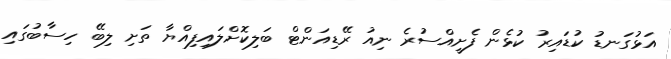
އަޅުގަނޑު ކުޑައިރު ކުޅެން ފެށީއްސުރެ ނިއު ރޭޑިއަންޓް ބަލިކޮށްލައިފިއްޔާ ތަށި ލިބޭ ހިސާބުގައި